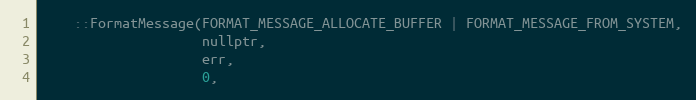
Language: C
    ::FormatMessage(FORMAT_MESSAGE_ALLOCATE_BUFFER | FORMAT_MESSAGE_FROM_SYSTEM,
                    nullptr,
                    err,
                    0,